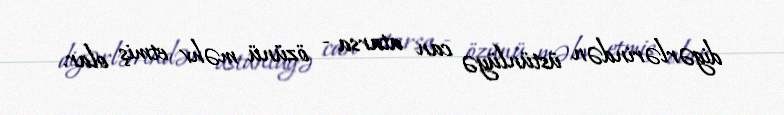
digərlərindən üstünlüyə can atarsa - özünü məhv etmiş olar.